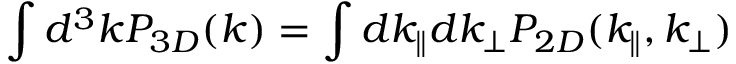
\int d ^ { 3 } k P _ { 3 D } ( \boldsymbol { k } ) = \int d k _ { \parallel } d k _ { \perp } P _ { 2 D } ( k _ { \parallel } , k _ { \perp } )